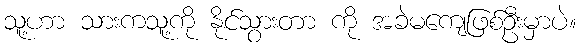
သူ့ဟာ သားကသူ့ကို နိုင်သွားတာ ကို အခဲမကျေဖြစ်ဦးမှာပဲ။